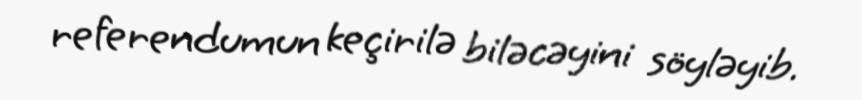
referendumun keçirilə biləcəyini söyləyib.